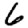
Digit: 6